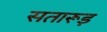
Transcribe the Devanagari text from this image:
सतारूड़